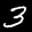
Label: 3